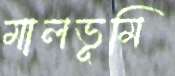
মালভূমি